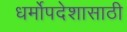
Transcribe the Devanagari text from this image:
धर्मोपदेशासाठी